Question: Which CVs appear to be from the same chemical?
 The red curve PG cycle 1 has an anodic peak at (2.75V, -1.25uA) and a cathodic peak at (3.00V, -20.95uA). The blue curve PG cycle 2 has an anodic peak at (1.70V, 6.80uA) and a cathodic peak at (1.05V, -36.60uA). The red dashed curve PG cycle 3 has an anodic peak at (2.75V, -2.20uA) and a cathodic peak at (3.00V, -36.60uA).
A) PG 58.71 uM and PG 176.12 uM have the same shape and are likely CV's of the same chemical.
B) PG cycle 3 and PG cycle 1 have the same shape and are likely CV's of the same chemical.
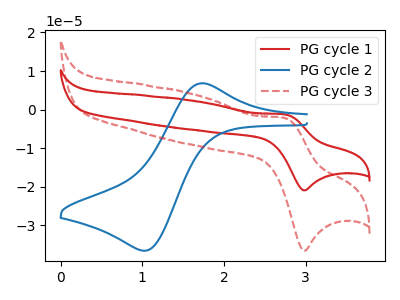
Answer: <think>"PG cycle 1" and "PG cycle 2" have at least one peak that do not match. All the peaks in "PG cycle 1" have a peak in "PG cycle 3" at the same potential. "PG cycle 2" and "PG cycle 3" have at least one peak that do not match.
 </think>
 <answer>B) "PG cycle 3" and "PG cycle 1" have the same shape and are likely CV's of the same chemical.</answer>
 <eval>B</eval>